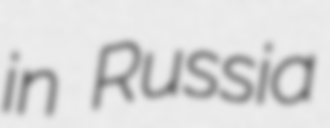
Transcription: in Russia